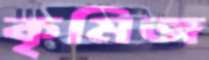
কৃমিজ